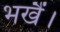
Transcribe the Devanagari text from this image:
भखैं।